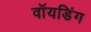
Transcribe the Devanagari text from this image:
वॉयडिंग